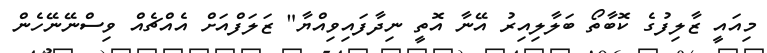
މިއައީ ޒާލިފުގެ ކޮބާތޯ ބަލާލިއިރު އޭނާ އޮތީ ނިދާފައިވިއްޔާ" ޒަލަފްއަށް އެއްޗެއް ވިސްނޭނޭހެން